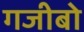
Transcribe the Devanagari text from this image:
गजीबो